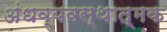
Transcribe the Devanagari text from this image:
अंधव्यवस्थात्मक